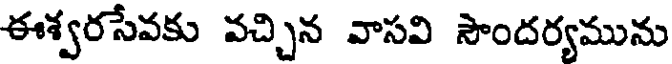
ఈశ్వరసేవకు వచ్చిన వాసవి సౌందర్యమును